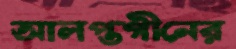
আলপ্তগীনের